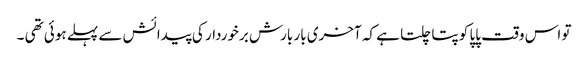
تو اس وقت پاپا کو پتا چلتا ہے کہ آخری بار بارش برخوردار کی پیدائش سے پہلے ہوئی تھی ۔